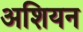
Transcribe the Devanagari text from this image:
अशियन